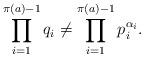
LaTeX: \begin{align*}\prod_{i = 1}^{\pi(a) - 1} q_i \neq \prod_{i = 1}^{\pi(a) - 1}p_i^{\alpha_i}. \end{align*}